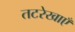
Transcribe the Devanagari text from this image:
तटरेखाएँ